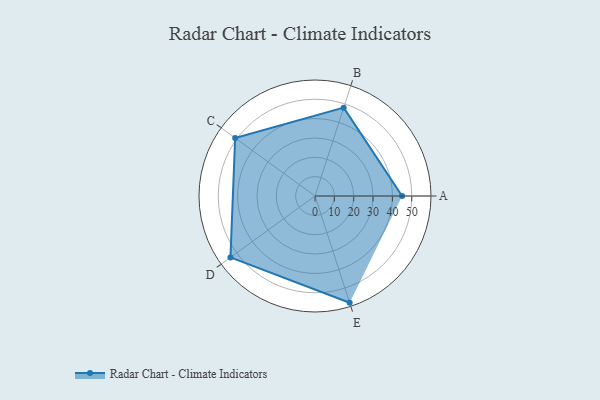
{"axis": {"x": "Skill", "y": "Score"}, "legend": ["Profile"], "data": [{"x": "A", "y": 45.0, "type": "Profile"}, {"x": "B", "y": 48.0, "type": "Profile"}, {"x": "C", "y": 51.0, "type": "Profile"}, {"x": "D", "y": 54.0, "type": "Profile"}, {"x": "E", "y": 58.0, "type": "Profile"}]}